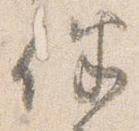
伴